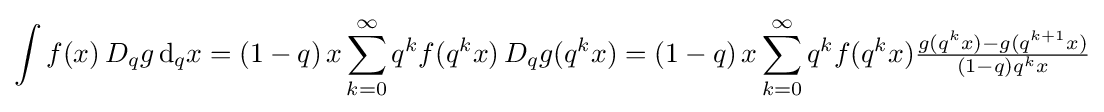
\int f(x)\,D_{q}g\,{\rm {d}}_{q}x=(1-q)\,x\sum _{k=0}^{\infty }q^{k}f(q^{k}x)\,D_{q}g(q^{k}x)=(1-q)\,x\sum _{k=0}^{\infty }q^{k}f(q^{k}x){\tfrac {g(q^{k}x)-g(q^{k+1}x)}{(1-q)q^{k}x}}